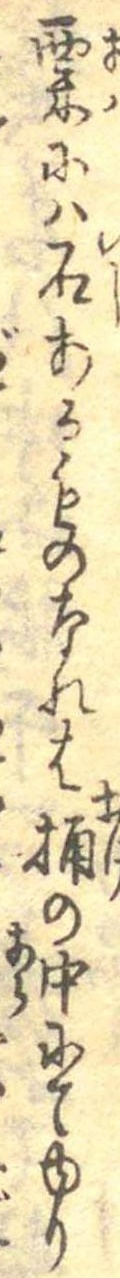
粟には石あるものなれは桶の中にてゆり